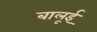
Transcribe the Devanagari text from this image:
बालूई